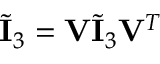
\begin{array} { r } { \tilde { \mathbf { I } } _ { 3 } = \mathbf { V } \tilde { \mathbf { I } } _ { 3 } \mathbf { V } ^ { T } } \end{array}